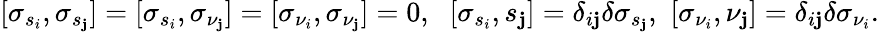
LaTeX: [\sigma_{s_{i}},\sigma_{s_{\mathbf{j}}}]=[\sigma_{s_{i}},\sigma_{\nu_{\mathbf{j}}}]=[\sigma_{\nu_{i}},\sigma_{\nu_{\mathbf{j}}}]=0,\, \, \ [\sigma_{s_{i}},s_{\mathbf{j}}]=\delta_{i\mathbf{j}}\delta\sigma_{s_{\mathbf{j}}},\, \, [\sigma_{\nu_{i}},\nu_{\mathbf{j}}]=\delta_{i\mathbf{j}}\delta\sigma_{\nu_{i}}.